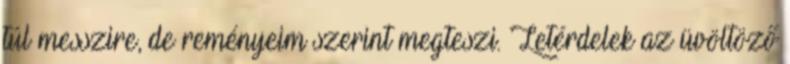
túl messzire, de reményeim szerint megteszi. Letérdelek az üvöltöző